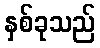
နှစ်ခုသည်